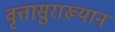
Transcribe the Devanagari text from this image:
वृत्तासुराख्यान